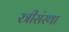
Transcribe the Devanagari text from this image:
स्त्रीसंस्था